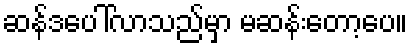
ဆန်ဒပေါ်လာသည်မှာ မဆန်းတော့ပေ။